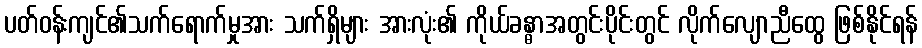
ပတ်ဝန်းကျင်၏သက်ရောက်မှုအား သက်ရှိများ အားလုံး၏ ကိုယ်ခန္ဓာအတွင်းပိုင်းတွင် လိုက်လျောညီထွေ ဖြစ်နိုင်ရန်